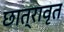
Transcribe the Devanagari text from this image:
छात्रावृत